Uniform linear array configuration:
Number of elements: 8
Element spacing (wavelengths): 1
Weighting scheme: binomial
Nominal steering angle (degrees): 45
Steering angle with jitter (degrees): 46.6
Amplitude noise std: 0.05
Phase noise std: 0.05

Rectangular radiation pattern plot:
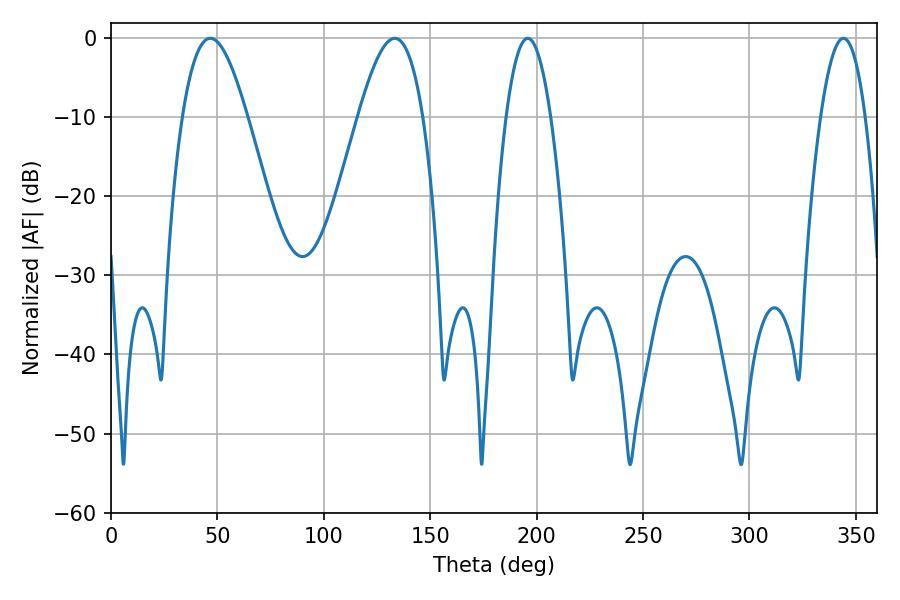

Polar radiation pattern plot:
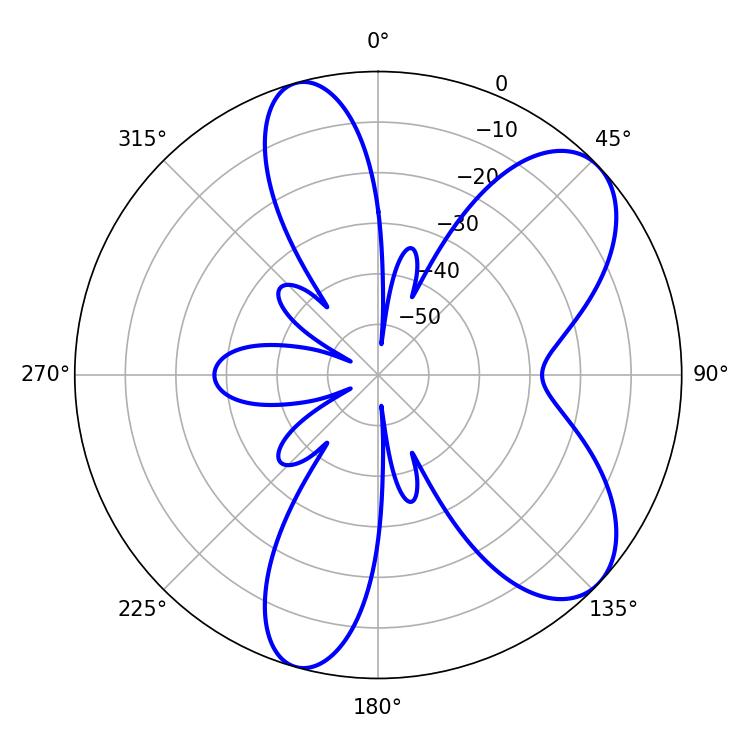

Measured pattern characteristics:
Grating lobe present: TRUE
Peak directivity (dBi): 7.647
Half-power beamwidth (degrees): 11.52
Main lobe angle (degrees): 195.84